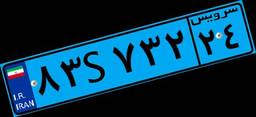
۸۳S۷۳۲۲۴